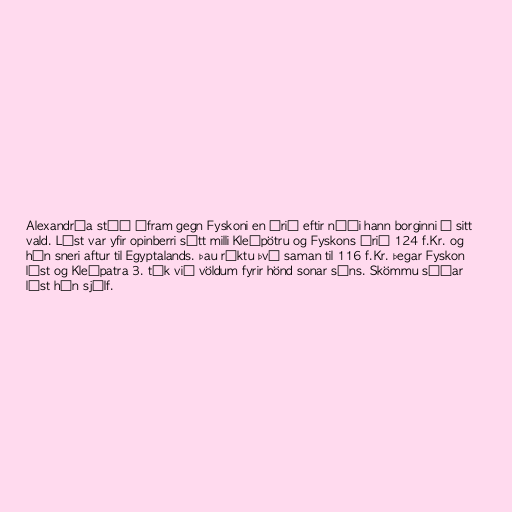
Alexandría stóð áfram gegn Fyskoni en árið eftir náði hann borginni á sitt
vald. Lýst var yfir opinberri sátt milli Kleópötru og Fyskons árið 124 f.Kr. og
hún sneri aftur til Egyptalands. Þau ríktu því saman til 116 f.Kr. þegar Fyskon
lést og Kleópatra 3. tók við völdum fyrir hönd sonar síns. Skömmu síðar
lést hún sjálf.